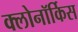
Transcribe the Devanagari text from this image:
क्लोनॉर्किस